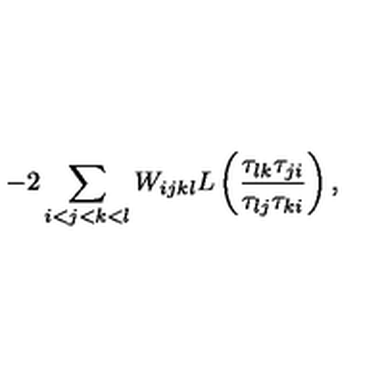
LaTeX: - 2 \sum _ { i < j < k < l } W _ { i j k l } L \left( \frac { \tau _ { l k } \tau _ { j i } } { \tau _ { l j } \tau _ { k i } } \right) ,